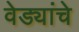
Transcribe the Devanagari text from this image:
वेड्यांचे